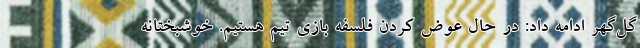
گل‌گهر ادامه داد: در حال عوض کردن فلسفه بازی تیم هستیم. خوشبختانه